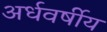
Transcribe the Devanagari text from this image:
अर्धवर्षीय